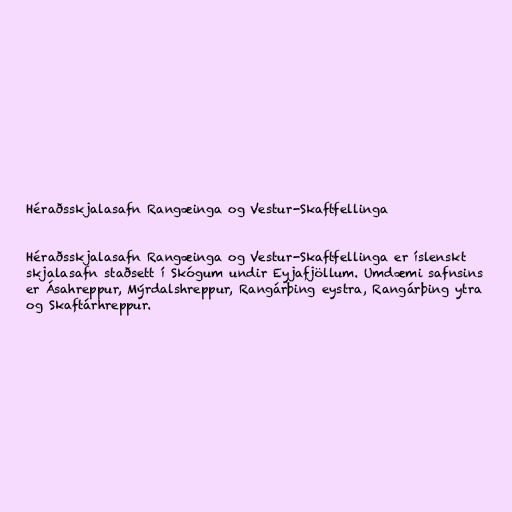
Héraðsskjalasafn Rangæinga og Vestur-Skaftfellinga

Héraðsskjalasafn Rangæinga og Vestur-Skaftfellinga er íslenskt
skjalasafn staðsett í Skógum undir Eyjafjöllum. Umdæmi safnsins
er Ásahreppur, Mýrdalshreppur, Rangárþing eystra, Rangárþing ytra
og Skaftárhreppur.